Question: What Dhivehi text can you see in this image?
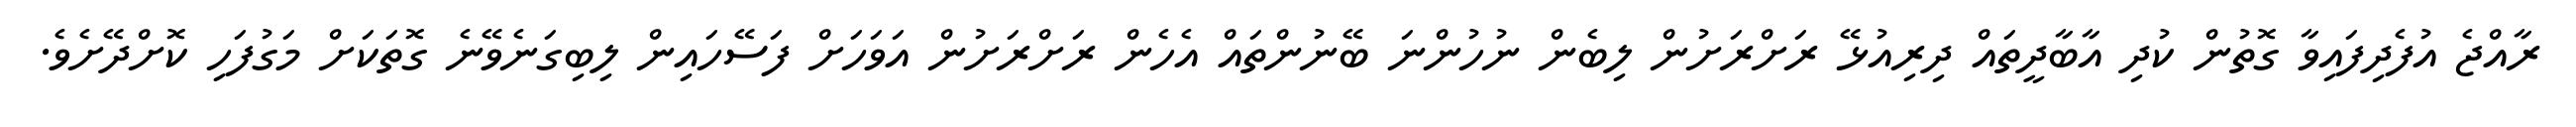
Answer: ރާއްޖެ އުފެދިފައިވާ ގޮތުން ކުދި އާބާދީތައް ދިރިއުޅޭ ރަށްރަށުން ލިބެން ނުހުންނަ ބޭނުންތައް އެހެން ރަށްރަށުން އަވަހަށް ފަސޭހައިން ލިބިގަނެވޭނެ ގޮތަކަށް މަގުފަހި ކޮށްދޭށެވެ.